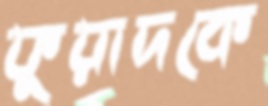
ফুয়াদকে